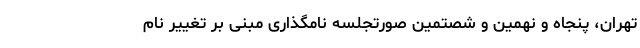
تهران، پنجاه و نهمین و شصتمین صورتجلسه نامگذاری مبنی بر تغییر نام